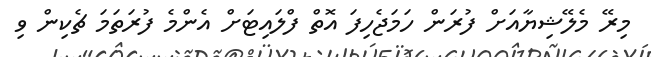
މިރޭ މެލޭޝިޔާއަށް ފުރަން ހަމަޖެހިފަ އޮތް ފްލައިޓަށް އެންމެ ފުރަތަމަ ޗެކިން ވި